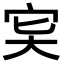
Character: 𡧠